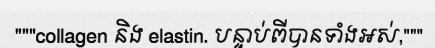
"""collagen និង elastin. បន្ទាប់ពីបានទាំងអស់,"""